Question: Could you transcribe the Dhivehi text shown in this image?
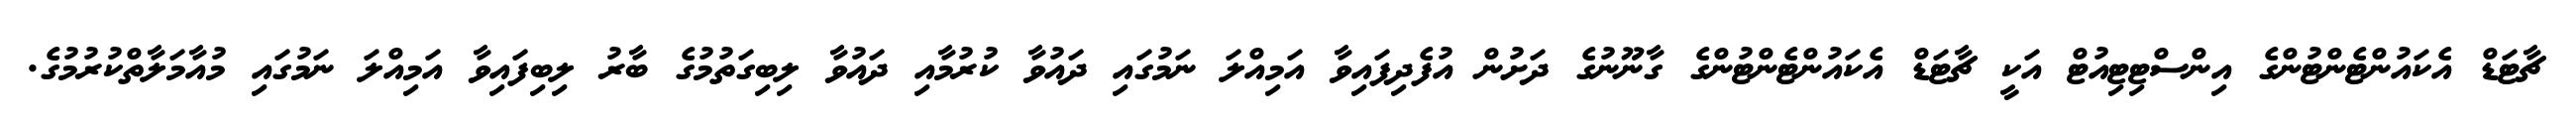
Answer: ޗާޓަޑް އެކައުންޓެންޓުންގެ އިންސްޓިޓިއުޓް އަކީ ޗާޓަޑް އެކައުންޓެންޓުންގެ ގާނޫނުގެ ދަށުން އުފެދިފައިވާ އަމިއްލަ ނަމުގައި ދައުވާ ކުރުމާއި ދައުވާ ލިބިގަތުމުގެ ބާރު ލިބިފައިވާ އަމިއްލަ ނަމުގައި މުއާމަލާތްކުރުމުގެ.